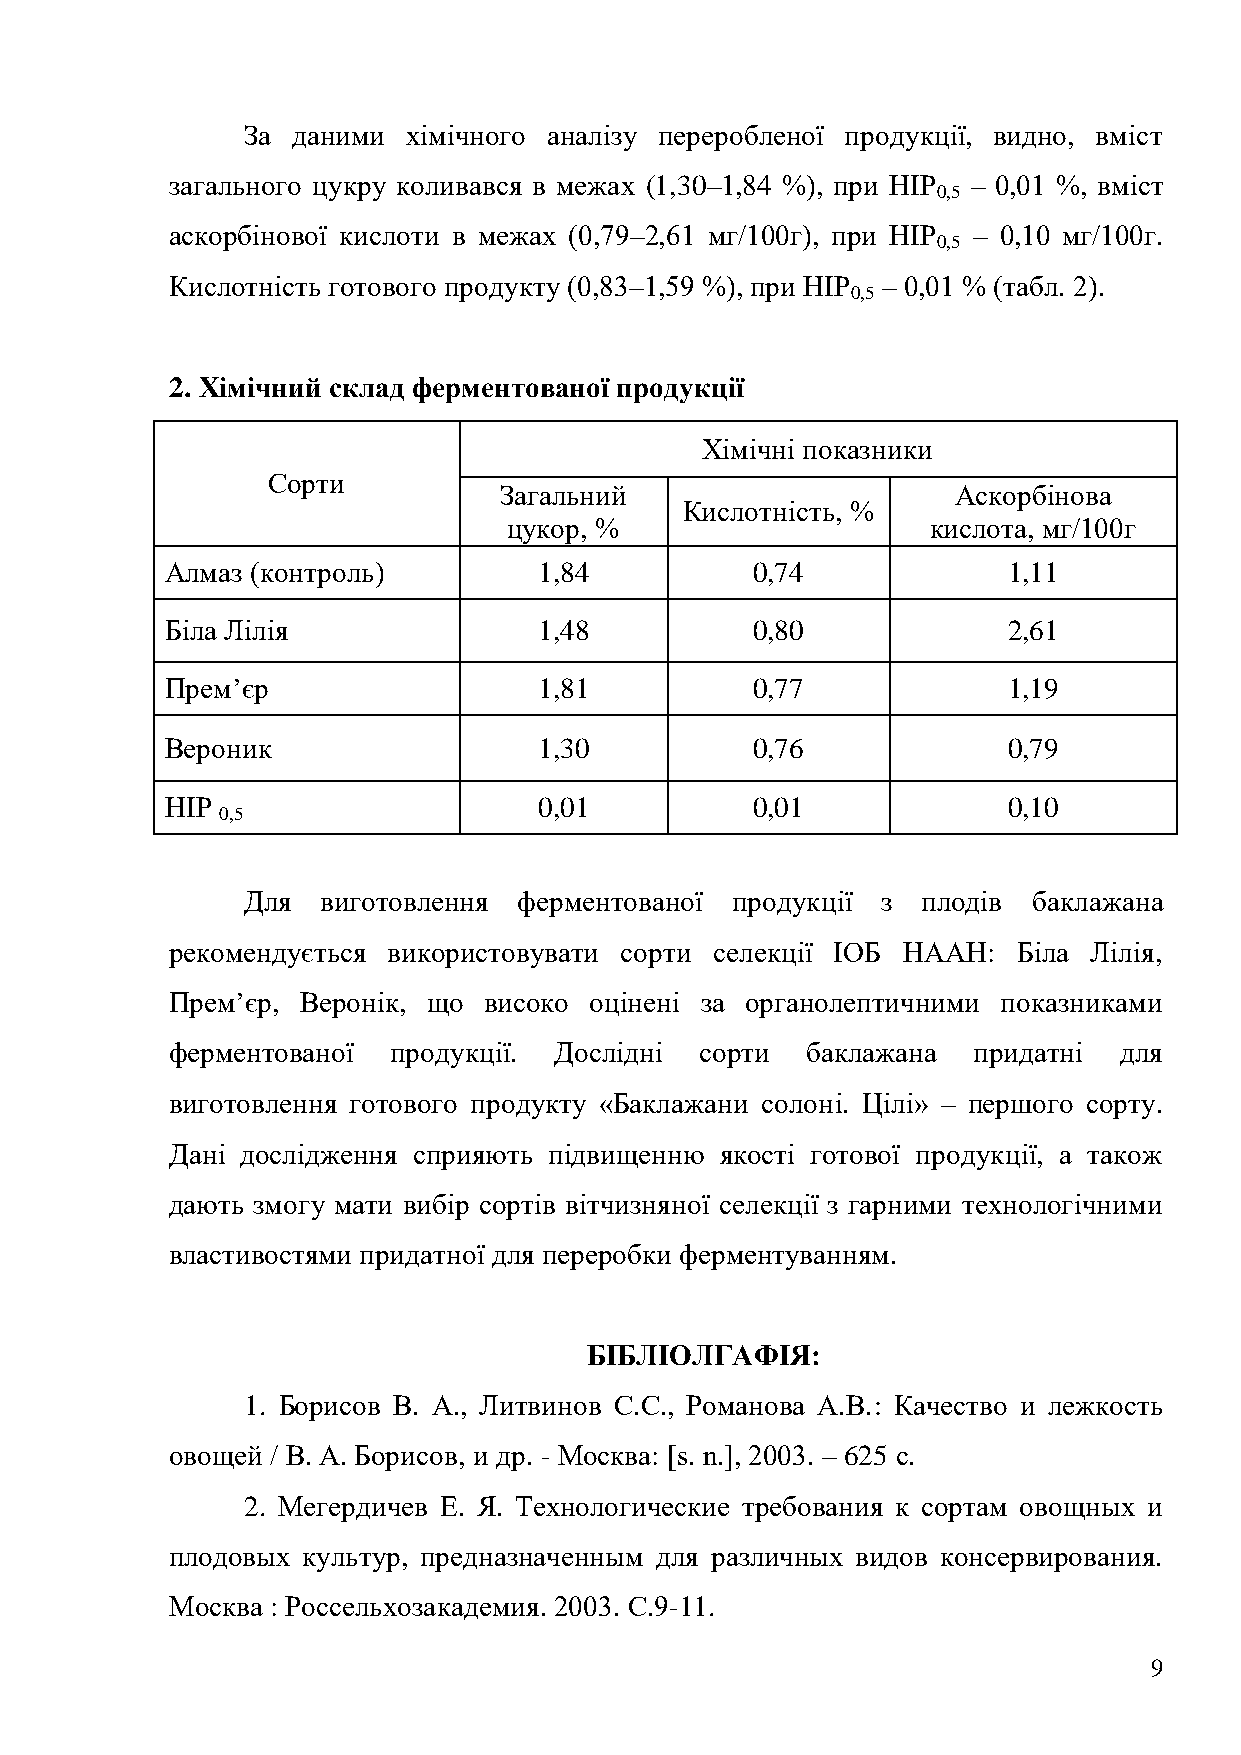
За даними  хімічного аналізу переробленої продукції, видно, вміст
 загального цукру коливався в межах (1,30–1,84 %), при НІР – 0,01 %, вміст
 0,5
 аскорбінової кислоти в межах (0,79–2,61 мг/100г), при НІР – 0,10 мг/100г.
 0,5
 Кислотність готового продукту (0,83–1,59 %), при НІР – 0,01 % (табл. 2).
 0,5
 2. Хімічний склад ферментованої продукції
 Хімічні показники
 Сорти
 Загальний                     Аскорбінова
 Кислотність, %
 цукор, %                    кислота, мг/100г
 Алмаз (контроль)         1,84          0,74             1,11
 Біла Лілія               1,48          0,80             2,61
 Прем’єр                  1,81          0,77             1,19
 Вероник                  1,30          0,76             0,79
 НІР                      0,01          0,01             0,10
 0,5
 Для  виготовлення ферментованої продукції з  плодів баклажана
 рекомендується використовувати сорти селекції ІОБ НААН: Біла Лілія,
 Прем’єр, Веронік, що високо оцінені за органолептичними показниками
 ферментованої  продукції. Дослідні сорти  баклажана  придатні  для
 виготовлення готового продукту «Баклажани солоні. Цілі» – першого сорту.
 Дані дослідження сприяють підвищенню якості готової продукції, а також
 дають змогу мати вибір сортів вітчизняної селекції з гарними технологічними
 властивостями придатної для переробки ферментуванням.
 БІБЛІОЛГАФІЯ:
 1. Борисов В. А., Литвинов С.С., Романова А.В.: Качество и лежкость
 овощей / В. А. Борисов, и др. - Москва: [s. n.], 2003. – 625 с.
 2. Мегердичев Е. Я. Технологические требования к сортам овощных и
 плодовых культур, предназначенным для различных видов консервирования.
 Москва : Россельхозакадемия. 2003. С.9-11.
 9